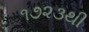
૧૭૨૩થી